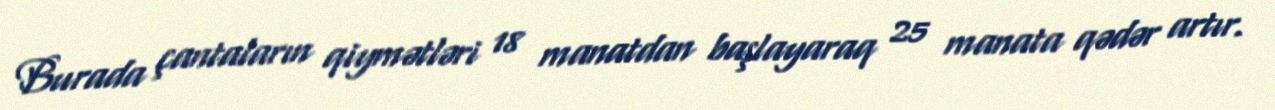
Burada çantaların qiymətləri 18 manatdan başlayaraq 25 manata qədər artır.